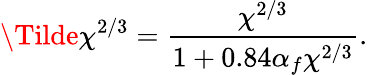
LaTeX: \Tilde{\chi}^{2/3}=\frac{\chi^{2/3}}{1+0.84\alpha_{f}\chi^{2/3}}.